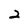
Character: 2